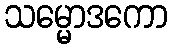
သမ္မောဒကော